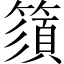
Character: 𥳗